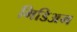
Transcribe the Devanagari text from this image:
मिडिअम